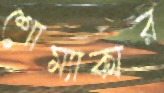
শোম্যাকার